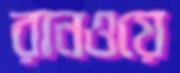
রানওয়ে